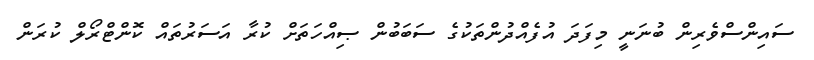
ސައިންސްވެރިން ބުނަނީ މިފަދަ އުފެއްދުންތަކުގެ ސަބަބުން ޞިއްހަތަށް ކުރާ އަސަރުތައް ކޮންޓްރޯލް ކުރަން